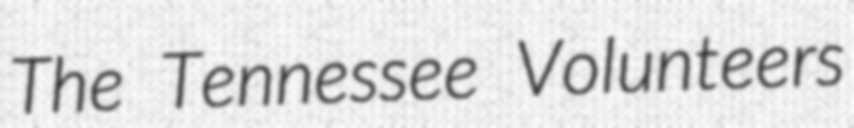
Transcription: The Tennessee Volunteers